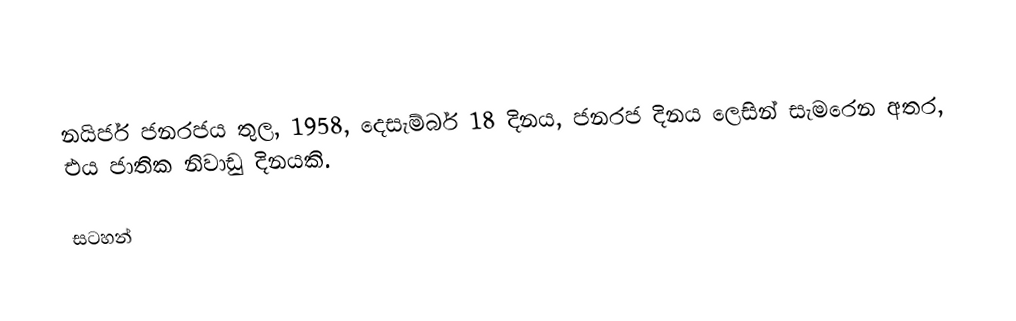
නයිජර් ජනරජය තුල, 1958, දෙසැම්බර් 18 දිනය,  ජනරජ දිනය ලෙසින් සැමරෙන අතර, එය ජාතික නිවාඩු දිනයකි.

සටහන්